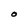
Character: O